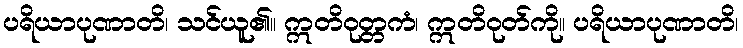
ပရိယာပုဏာတိ၊ သင်ယူ၏။ ဣတိဝုတ္တကံ၊ ဣတိဝုတ်ကို။ ပရိယာပုဏာတိ၊